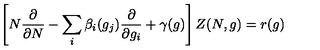
\left[ N { \frac { \partial } { \partial N } } - \sum _ { i } \beta _ { i } ( g _ { j } ) { \frac { \partial } { \partial g _ { i } } } + \gamma ( g ) \right] Z ( N , g ) = r ( g )